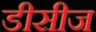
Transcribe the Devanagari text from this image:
डीसीज